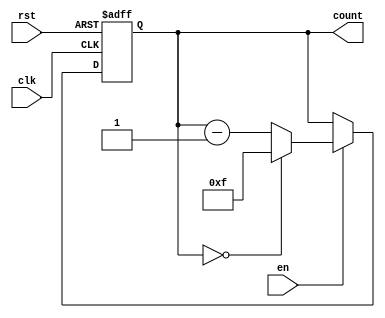
module binary_down_counter #(
    parameter WIDTH = 4  // Parameter for bit width of the counter
)(
    input wire clk,      // Clock signal
    input wire rst,      // Asynchronous reset signal
    input wire en,       // Enable signal
    output reg [WIDTH-1:0] count // Output count
);

    // Maximum value based on the width
    localparam MAX_COUNT = (1 << WIDTH) - 1; // 2^WIDTH - 1

    // Asynchronous reset and synchronous counting
    always @(posedge clk or posedge rst) begin
        if (rst) begin
            // Reset the counter to the maximum value
            count <= MAX_COUNT;
        end else if (en) begin
            // Decrement the counter, wrapping around from 0 to MAX_COUNT
            if (count == 0) begin
                count <= MAX_COUNT; // Wrap around to max value
            end else begin
                count <= count - 1; // Decrement the counter
            end
        end
    end

    // Initialize the counter
    initial begin
        count = MAX_COUNT; // Start at maximum value
    end

endmodule